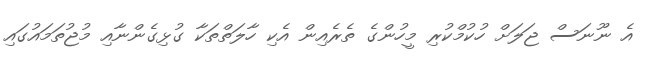
އެ ނޫނަސް ޖަލަށް ހުކުމްކުރި މީހުންގެ ތެރެއިން އެކި ހާލަތްތަކާ ގުޅިގެންނާއި މުޖުތަމައުގައި